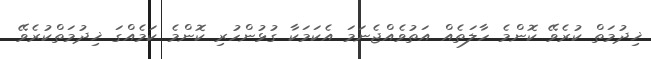
ޚިދުމަތް ކުރެވޭ ކޮންމެ ހާލަތެއް އަތުވެއްޖެނަމަ އެކަމަކާ ގުޅުންހުރި ކޮންމެ ކަމެއްގަ ޚިދުމަތްކުރެވޭ